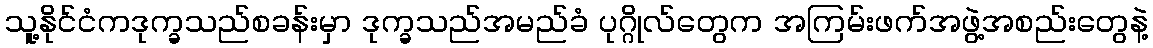
သူ့နိုင်ငံကဒုက္ခသည်စခန်းမှာ ဒုက္ခသည်အမည်ခံ ပုဂ္ဂိုလ်တွေက အကြမ်းဖက်အဖွဲ့အစည်းတွေနဲ့